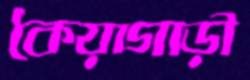
কৈয়াগাড়ী